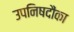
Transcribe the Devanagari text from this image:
उपनिषदौंका